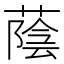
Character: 蔭